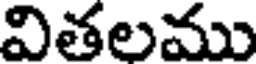
వితలము